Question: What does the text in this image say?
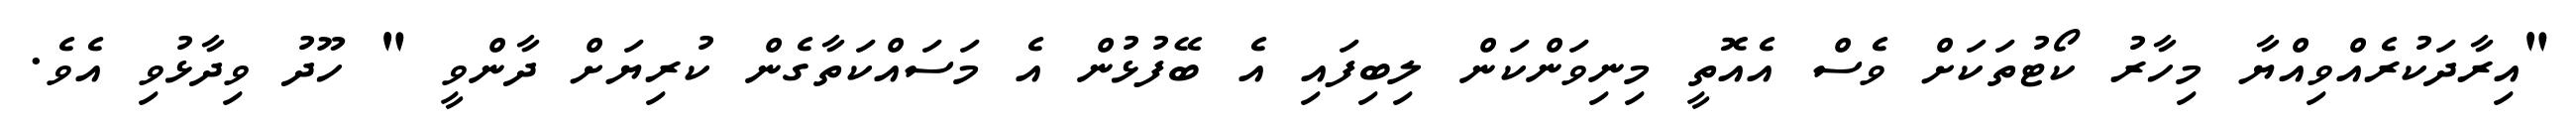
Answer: "އިރާދަކުރެއްވިއްޔާ މިހާރު ކޯޓުތަކަށް ވެސް އެއޮތީ މިނިވަންކަން ލިބިފައި އެ ބޭފުޅުން އެ މަސައްކަތާގެން ކުރިޔަށް ދާންވީ " ހޫދު ވިދާޅުވި އެވެ.